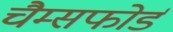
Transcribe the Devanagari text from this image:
चैम्सफोर्ड